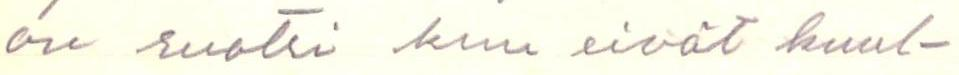
on ruotsi kun eivät kuul-